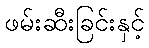
ဖမ်းဆီးခြင်းနှင့်